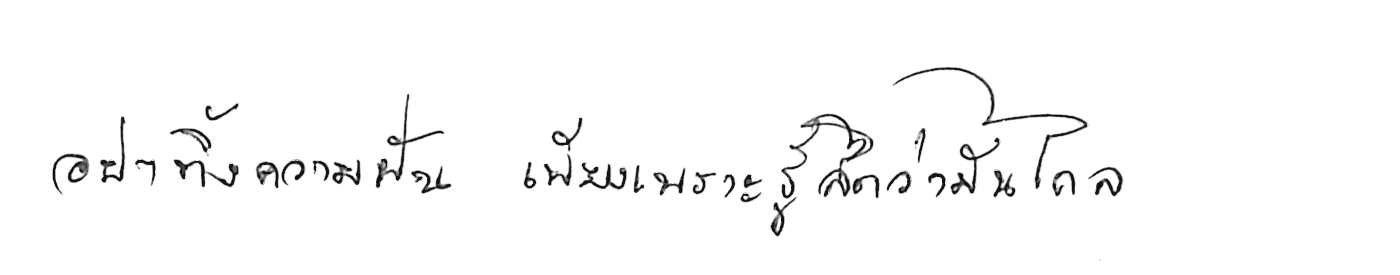
อย่าทิ้งความฝัน เพียงเพราะรู้สึกว่ามันไกล